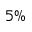
5 \%